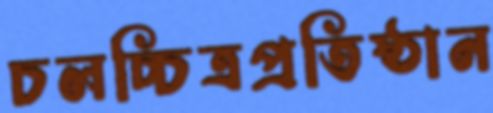
চলচ্চিত্রপ্রতিষ্ঠান